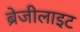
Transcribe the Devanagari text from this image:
ब्रेजीलाइट